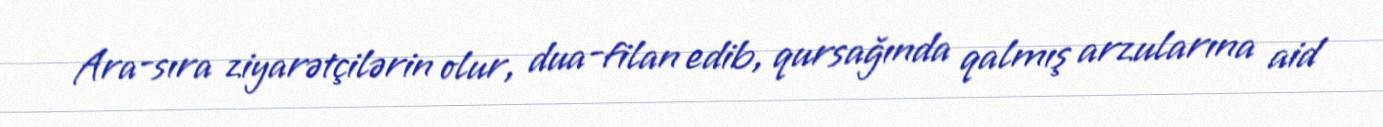
Ara-sıra ziyarətçilərin olur, dua-filan edib, qursağında qalmış arzularına aid